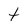
Character: t